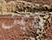
دايمن